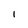
Character: i